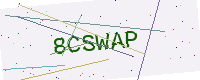
Text: 8CSWAP